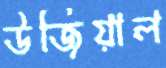
উজিয়াল